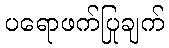
ပရောဖက်ပြုချက်